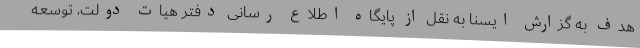
هدف به گزارش ایسنا به نقل از پایگاه اطلاع رسانی دفتر هیات دولت، توسعه